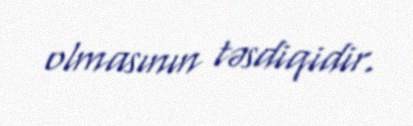
olmasının təsdiqidir.